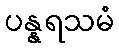
ပန္နရသမံ